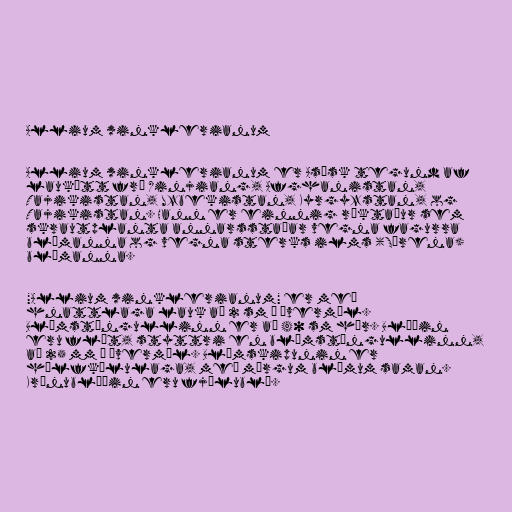
Allium winklerianum

Allium winklerianum er Asísk tegund af
laukætt frá Xinjiang, Afghanistan,
Tajikistan, Uzbekistan, Kyrgyzstan, og
Tajikistan. Hann er einnig ræktaður sem
skrautplanta annarsstaðar vegna fagurra
blómanna og vegna sterks ilms (Sýrena)
blómanna.

"Allium winklerianum" er með
hnattlaga lauk að 2 sm í þvermál.
Blómstöngullinn er að 40 sm hár. Blöðin
eru flöt, styttri en blómstöngullinn,
að 25 mm í þvermál. Blómskipunin er
hálfkúlulaga, með mörgum blómum saman.
Krónublöðin eru fjólublá.